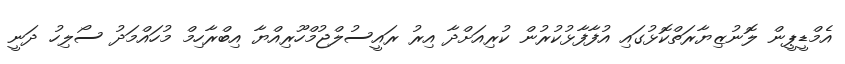
އެމްޑީޕީން ލޮނުޒިޔާރަތްކޮޅުގައި އުފާފާޅުކުރުން ކުރިއަށްދާ އިރު ރައީސުލްޖުމްހޫރިއްޔާ އިބްރާހިމް މުހައްމަދު ސޯލިހު ދަނީ